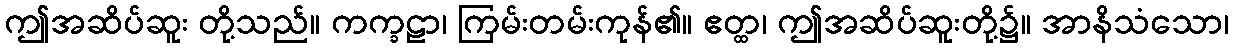
ဤအဆိပ်ဆူး တို့သည်။ ကက္ခဠာ၊ ကြမ်းတမ်းကုန်၏။ ဧတ္ထ၊ ဤအဆိပ်ဆူးတို့၌။ အာနိသံသော၊